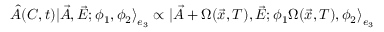
\hat { A } ( C , t ) | \vec { A } , \vec { E } ; \phi _ { 1 } , \phi _ { 2 } { \rangle } _ { e _ { 3 } } \propto | \vec { A } + \Omega ( \vec { x } , T ) , \vec { E } ; \phi _ { 1 } \Omega ( \vec { x } , T ) , \phi _ { 2 } { \rangle } _ { e _ { 3 } }